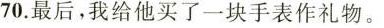
70.最后,我给他买了一块手表作礼物。